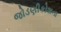
જોડણીકોશના